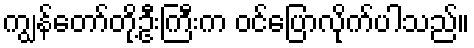
ကျွန်တော်တို့ဦးကြီးက ဝင်ပြောလိုက်ပါသည်။